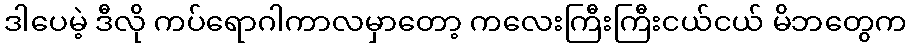
ဒါပေမဲ့ ဒီလို ကပ်ရောဂါကာလမှာတော့ ကလေးကြီးကြီးငယ်ငယ် မိဘတွေက